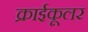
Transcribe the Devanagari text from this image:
क्राईकूलर